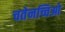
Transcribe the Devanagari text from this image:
चतेनच्चिओ